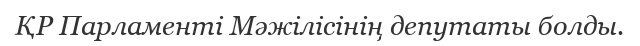
ҚР Парламенті Мәжілісінің депутаты болды.